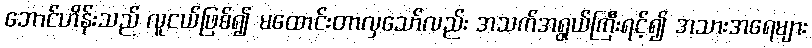
ဘောင်ဟိန်းသည် လူငယ်ဖြစ်၍ မထောင်းတာလှသော်လည်း အသက်အရွယ်ကြီးရင့်၍ အသားအရေများ